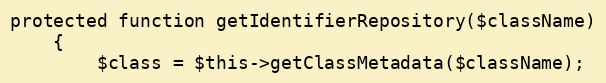
Language: PHP
protected function getIdentifierRepository($className)
    {
        $class = $this->getClassMetadata($className);